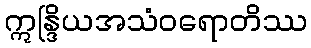
ဣန္ဒြိယအသံဝရောတိဿ